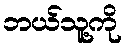
ဘယ်သူ့ကို